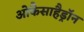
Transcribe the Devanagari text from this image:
ओकैसाहैड्रॉन